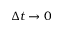
\Delta t \rightarrow 0